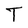
Character: T